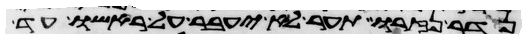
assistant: נדר נזרו תער לא יעבר על ראשו עד